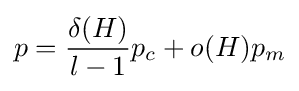
p={\delta (H) \over l-1}p_{c}+o(H)p_{m}